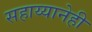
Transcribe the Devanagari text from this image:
सहाय्यानेही